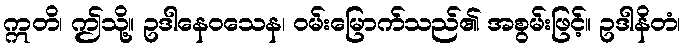
ဣတိ၊ ဤသို့။ ဥဒါနေဝသေန၊ ဝမ်းမြောက်သည်၏ အစွမ်းဖြင့်။ ဥဒါနိတံ၊